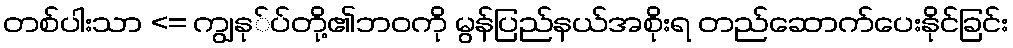
တစ်ပါးသာ <= ကျွနု်ပ်တို့၏ဘဝကို မွန်ပြည်နယ်အစိုးရ တည်ဆောက်ပေးနိုင်ခြင်း